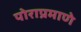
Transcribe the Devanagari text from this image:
पोराप्रमाणे